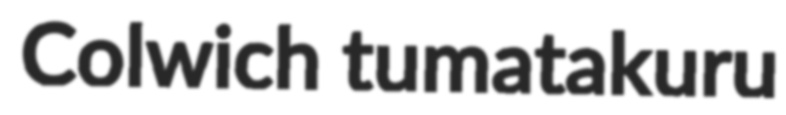
Colwich tumatakuru